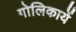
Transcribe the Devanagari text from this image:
गोलिकायें